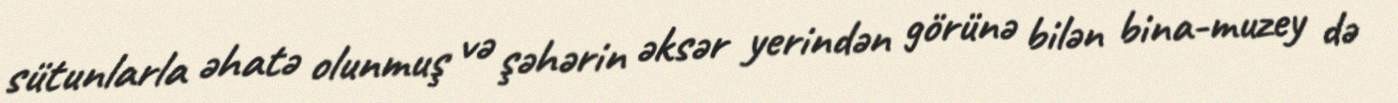
sütunlarla əhatə olunmuş və şəhərin əksər yerindən görünə bilən bina-muzey də